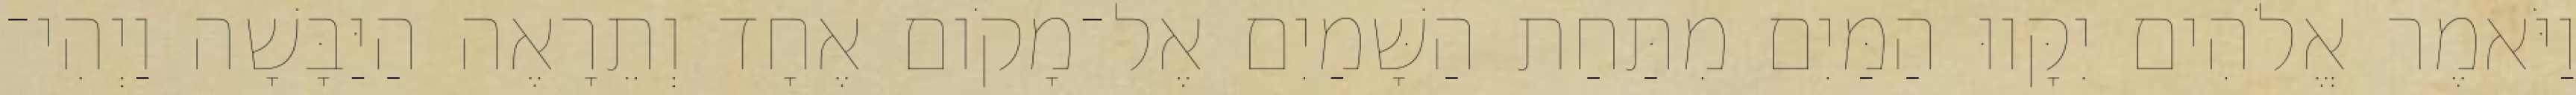
וַיֹּאמֶר אֱלֹהִים יִקָּווּ הַמַּיִם מִתַּחַת הַשָּׁמַיִם אֶל־מָקֹום אֶחָד וְתֵרָאֶה הַיַּבָּשָׁה וַיְהִי־